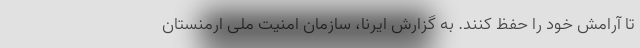
تا آرامش خود را حفظ کنند. به گزارش ایرنا، سازمان امنیت ملی ارمنستان